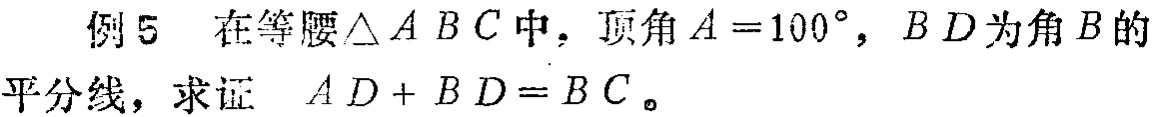
例5 在等腰$\triangle ABC$中，顶角$A = 100^{\circ}$，$BD$为角$B$的平分线，求证 $AD + BD = BC$。